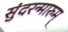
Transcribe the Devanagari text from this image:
सुंदरन्मारुम्